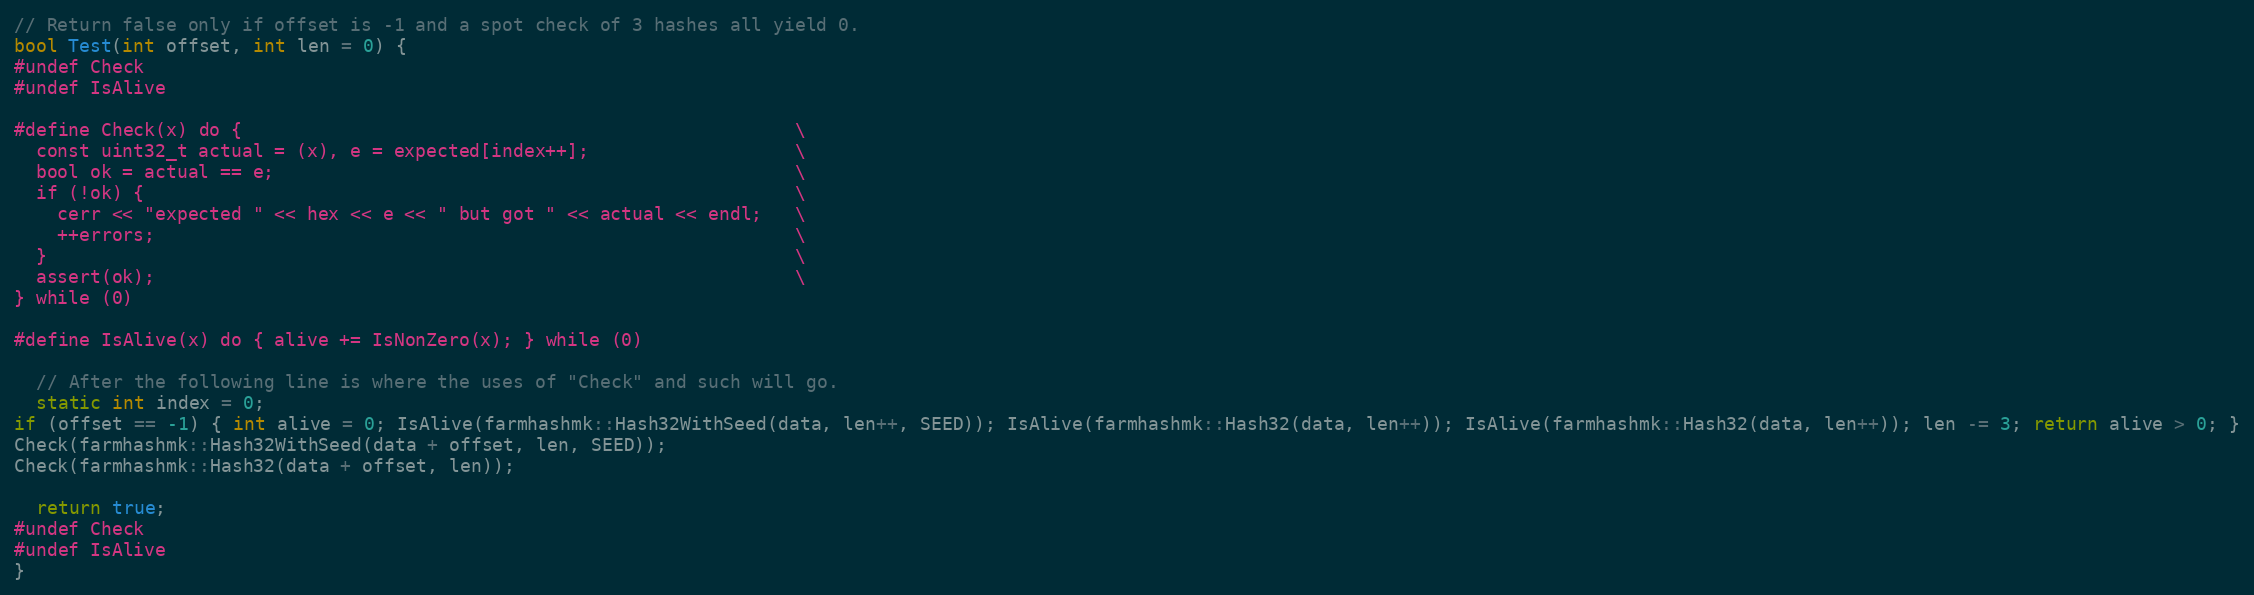
Language: C++
// Return false only if offset is -1 and a spot check of 3 hashes all yield 0.
bool Test(int offset, int len = 0) {
#undef Check
#undef IsAlive

#define Check(x) do {                                                   \
  const uint32_t actual = (x), e = expected[index++];                   \
  bool ok = actual == e;                                                \
  if (!ok) {                                                            \
    cerr << "expected " << hex << e << " but got " << actual << endl;   \
    ++errors;                                                           \
  }                                                                     \
  assert(ok);                                                           \
} while (0)

#define IsAlive(x) do { alive += IsNonZero(x); } while (0)

  // After the following line is where the uses of "Check" and such will go.
  static int index = 0;
if (offset == -1) { int alive = 0; IsAlive(farmhashmk::Hash32WithSeed(data, len++, SEED)); IsAlive(farmhashmk::Hash32(data, len++)); IsAlive(farmhashmk::Hash32(data, len++)); len -= 3; return alive > 0; }
Check(farmhashmk::Hash32WithSeed(data + offset, len, SEED));
Check(farmhashmk::Hash32(data + offset, len));

  return true;
#undef Check
#undef IsAlive
}